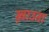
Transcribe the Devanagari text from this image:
ख़ाउता